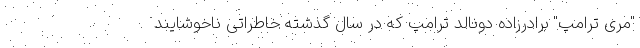
"مری ترامپ" برادرزاده دونالد ترامپ که در سال گذشته خاطراتی ناخوشایند